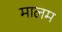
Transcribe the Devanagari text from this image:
मालम